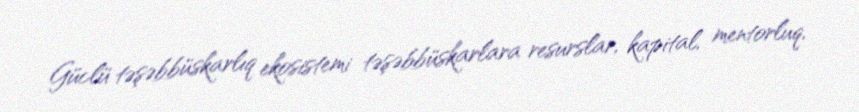
Güclü təşəbbüskarlıq ekosistemi təşəbbüskarlara resurslar, kapital, mentorluq,